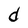
Character: d